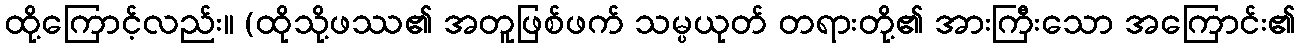
ထို့ကြောင့်လည်း။ (ထိုသို့ဖဿ၏ အတူဖြစ်ဖက် သမ္ပယုတ် တရားတို့၏ အားကြီးသော အကြောင်း၏